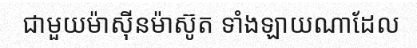
ជាមួយម៉ាស៊ីនម៉ាស៊ូត ទាំងឡាយណាដែល